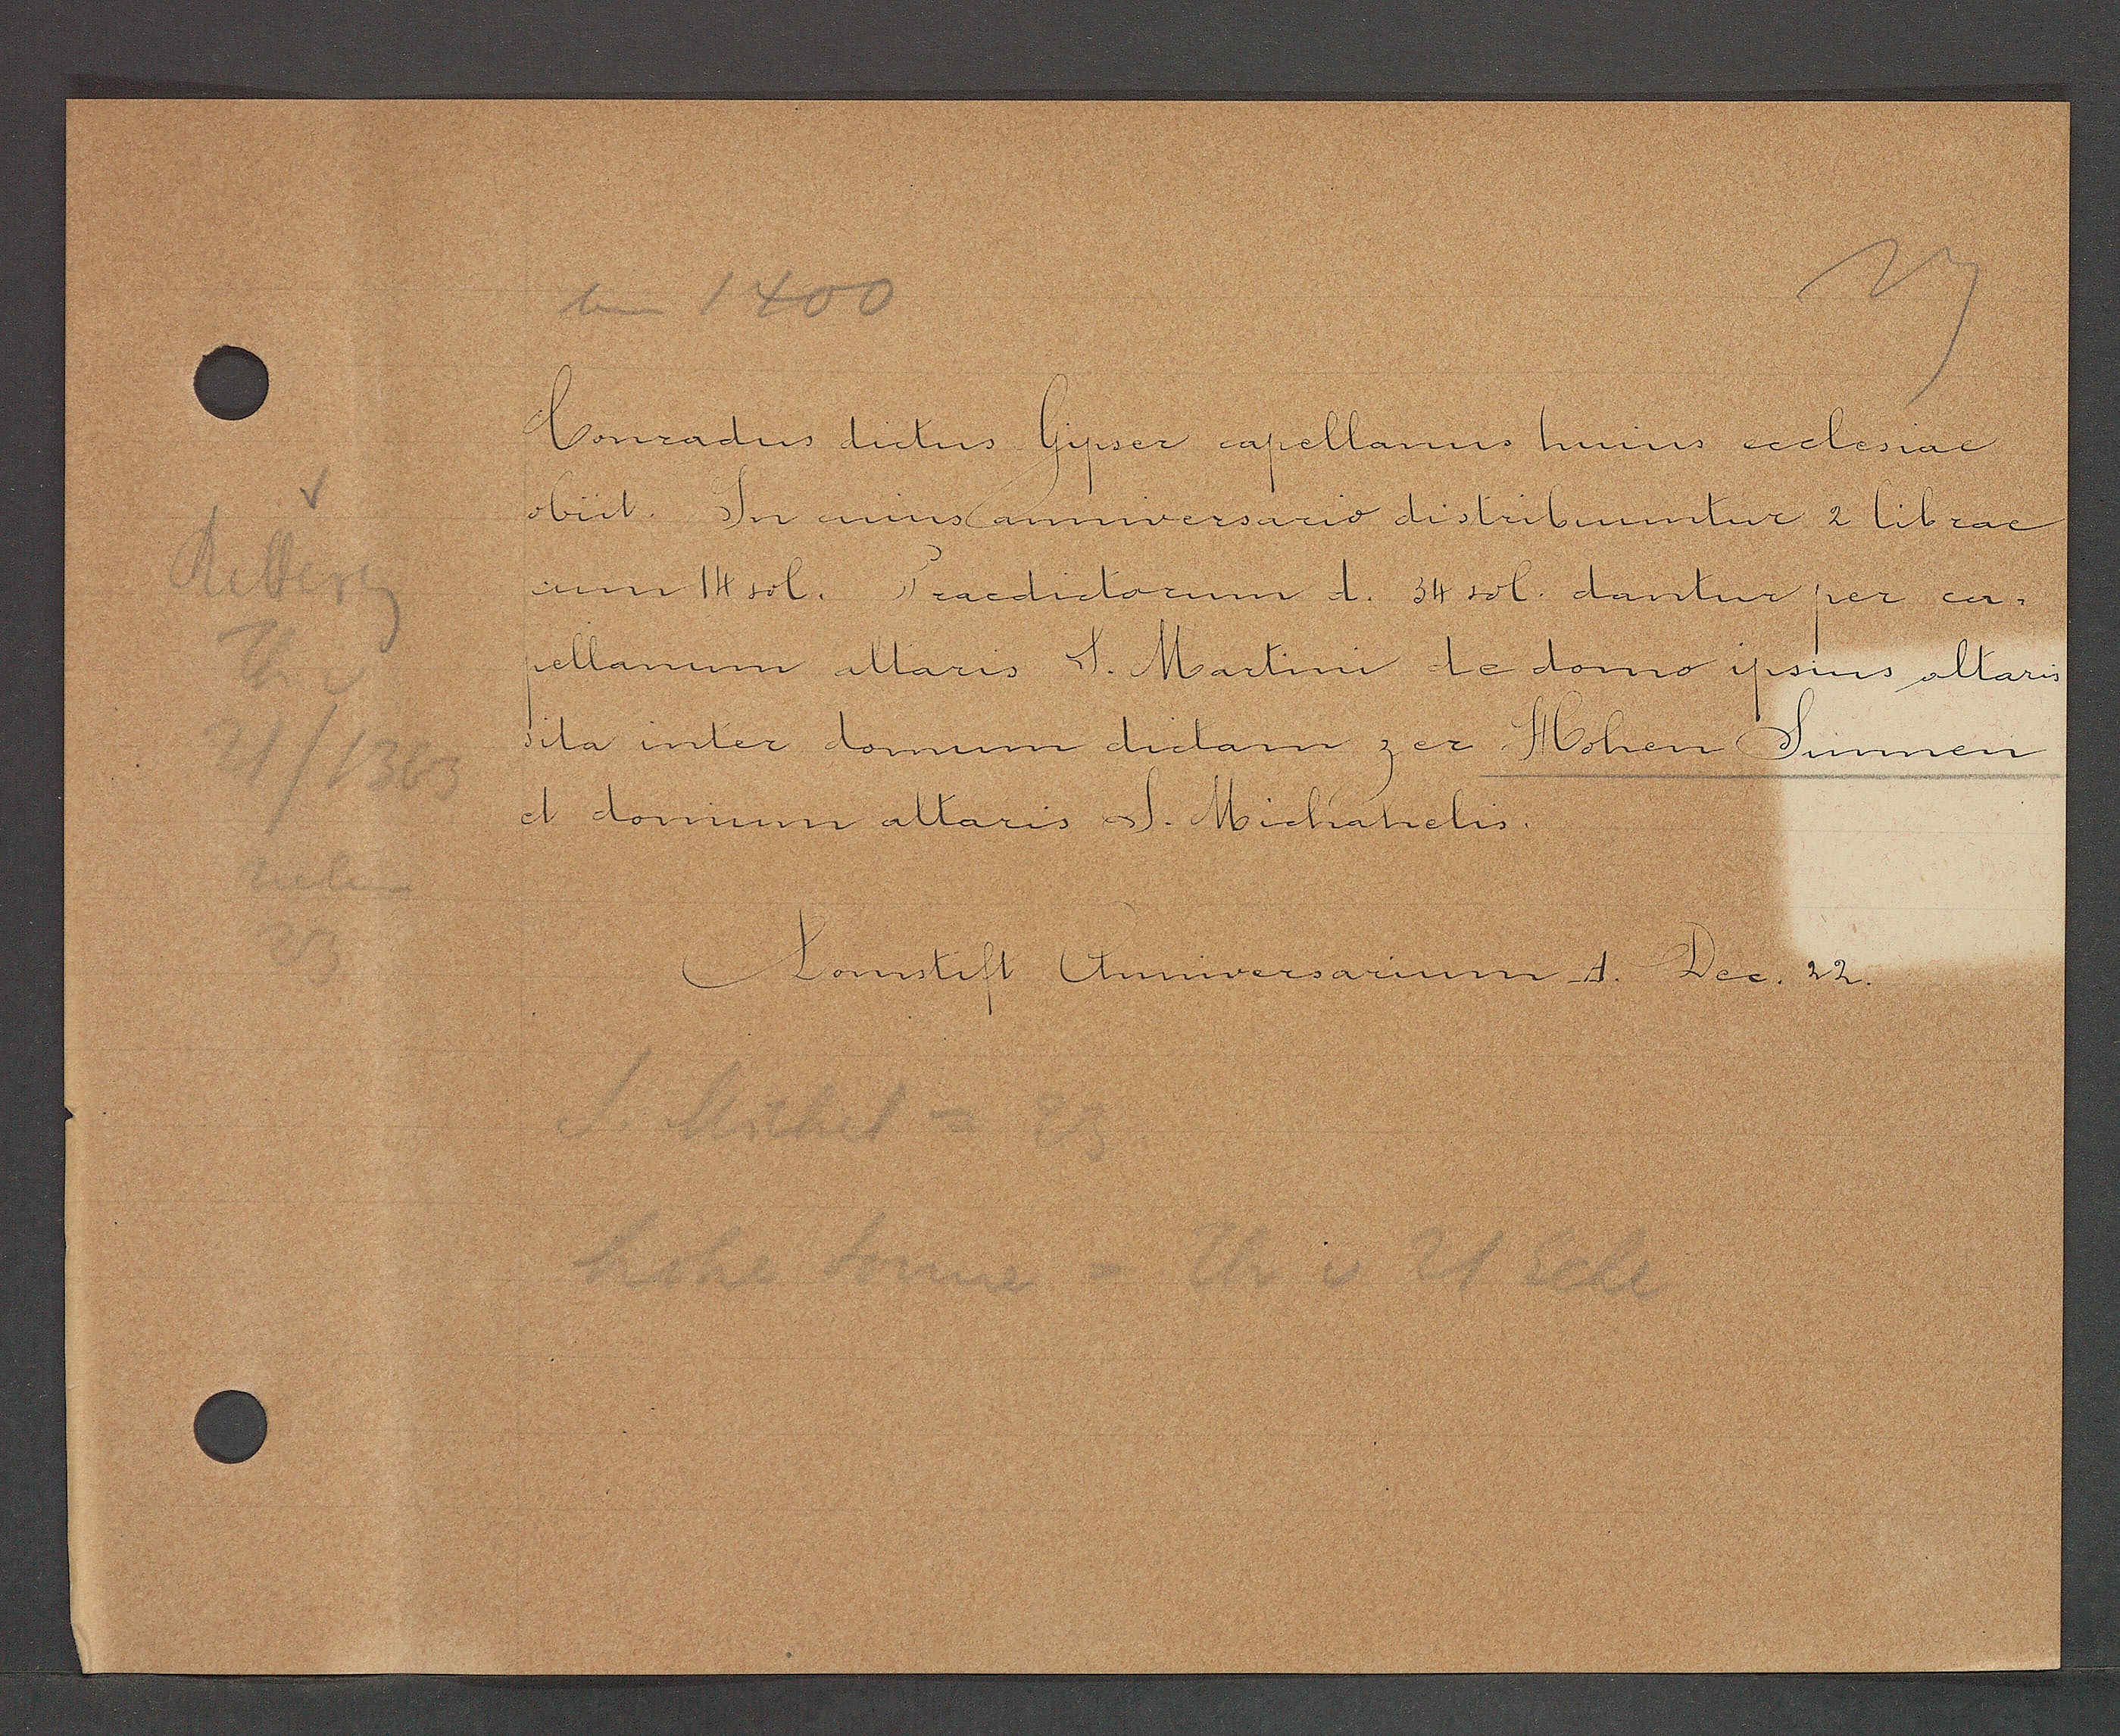
Transcript:
um 1400

Conradus dictus Gipser capellanus huius ecclesiae
obiit. In eius annversario distribunntur 2 librae
cum 14 sol. Praedictorum d. 34 sol dantur per ca¬
pellanum altaris S. Martini de domo ipsius altaris
sita inter domum dictam zer Hohen Sunnen
et domum altaris S. Michaelis

S. Michel = 23
hohe Sonne = Th v 21 Ecke

Domstift Aniversarium A. Dec 22